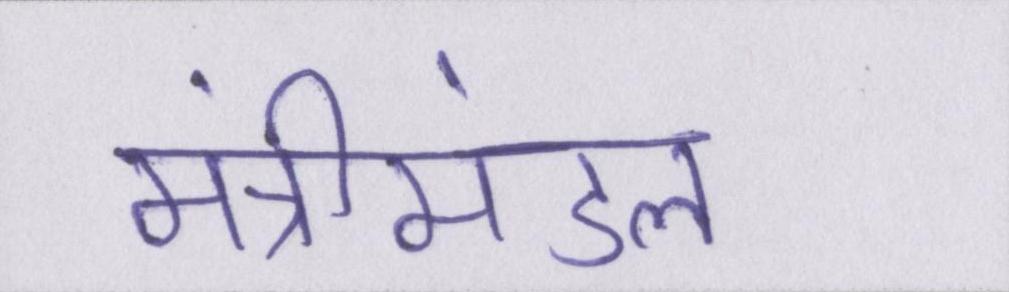
मंत्रीमंडल